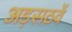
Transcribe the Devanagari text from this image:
अड़सठवें